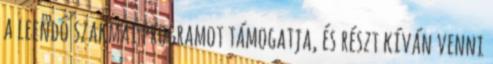
a leendő szakmai programot támogatja, és részt kíván venni